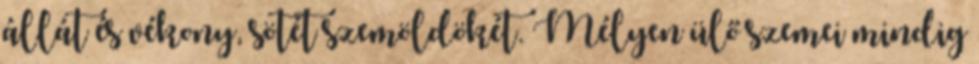
állát és vékony, sötét szemöldökét. Mélyen ülő szemei mindig